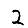
Digit: 2